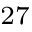
^ { 2 7 }